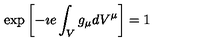
\exp \left[ - \imath e \int _ { V } g _ { \mu } d V ^ { \mu } \right] = 1